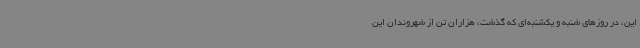
این، در روزهای شنبه و یکشنبه‌ای که گذشت، هزاران تن از شهروندان این